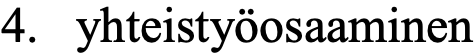
4. yhteistyöosaaminen